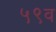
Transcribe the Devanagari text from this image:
५९व